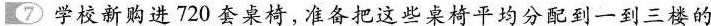
⑦学校新购进720套桌椅，准备把这些桌椅平均分配到一到三楼的